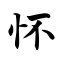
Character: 怀